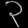
Digit: ၃